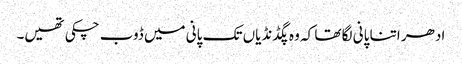
ادھر اتنا پانی لگا تھا کہ وہ پگڈنڈیاں تک پانی میں ڈوب چکی تھیں۔